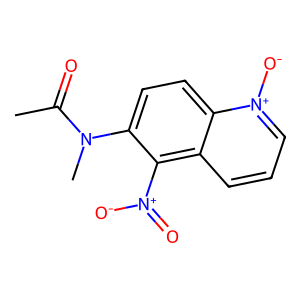
SMILES: CC(=O)N(C)c1ccc2c(ccc[n+]2[O-])c1[N+](=O)[O-]
Inhibits HIV replication: No